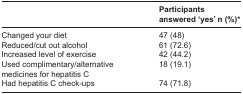
<table><thead><tr><td>[EMPTY_CELL]</td><td><b>Participants answered ‘yes’ n (%)*</b></td></tr></thead><tbody><tr><td>Changed your diet</td><td>47 (48)</td></tr><tr><td>Reduced/cut out alcohol</td><td>61 (72.6)</td></tr><tr><td>Increased level of exercise</td><td>42 (44.2)</td></tr><tr><td>Used complimentary/alternative medicines for hepatitis C</td><td>18 (19.1)</td></tr><tr><td>Had hepatitis C check-ups</td><td>74 (71.8)</td></tr></tbody></table>